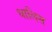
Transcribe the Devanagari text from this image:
धालिस